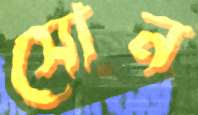
সোন